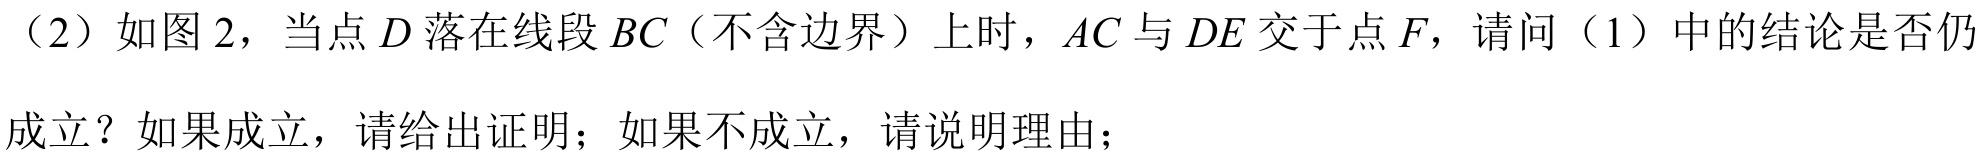
（2）如图 2，当点$D$落在线段$BC$（不含边界）上时，$AC$与$DE$交于点$F$，请问（1）中的结论是否仍
成立？如果成立，请给出证明；如果不成立，请说明理由；